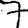
Digit: 7